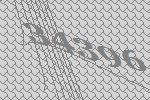
34396